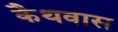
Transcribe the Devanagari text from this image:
कैथवास